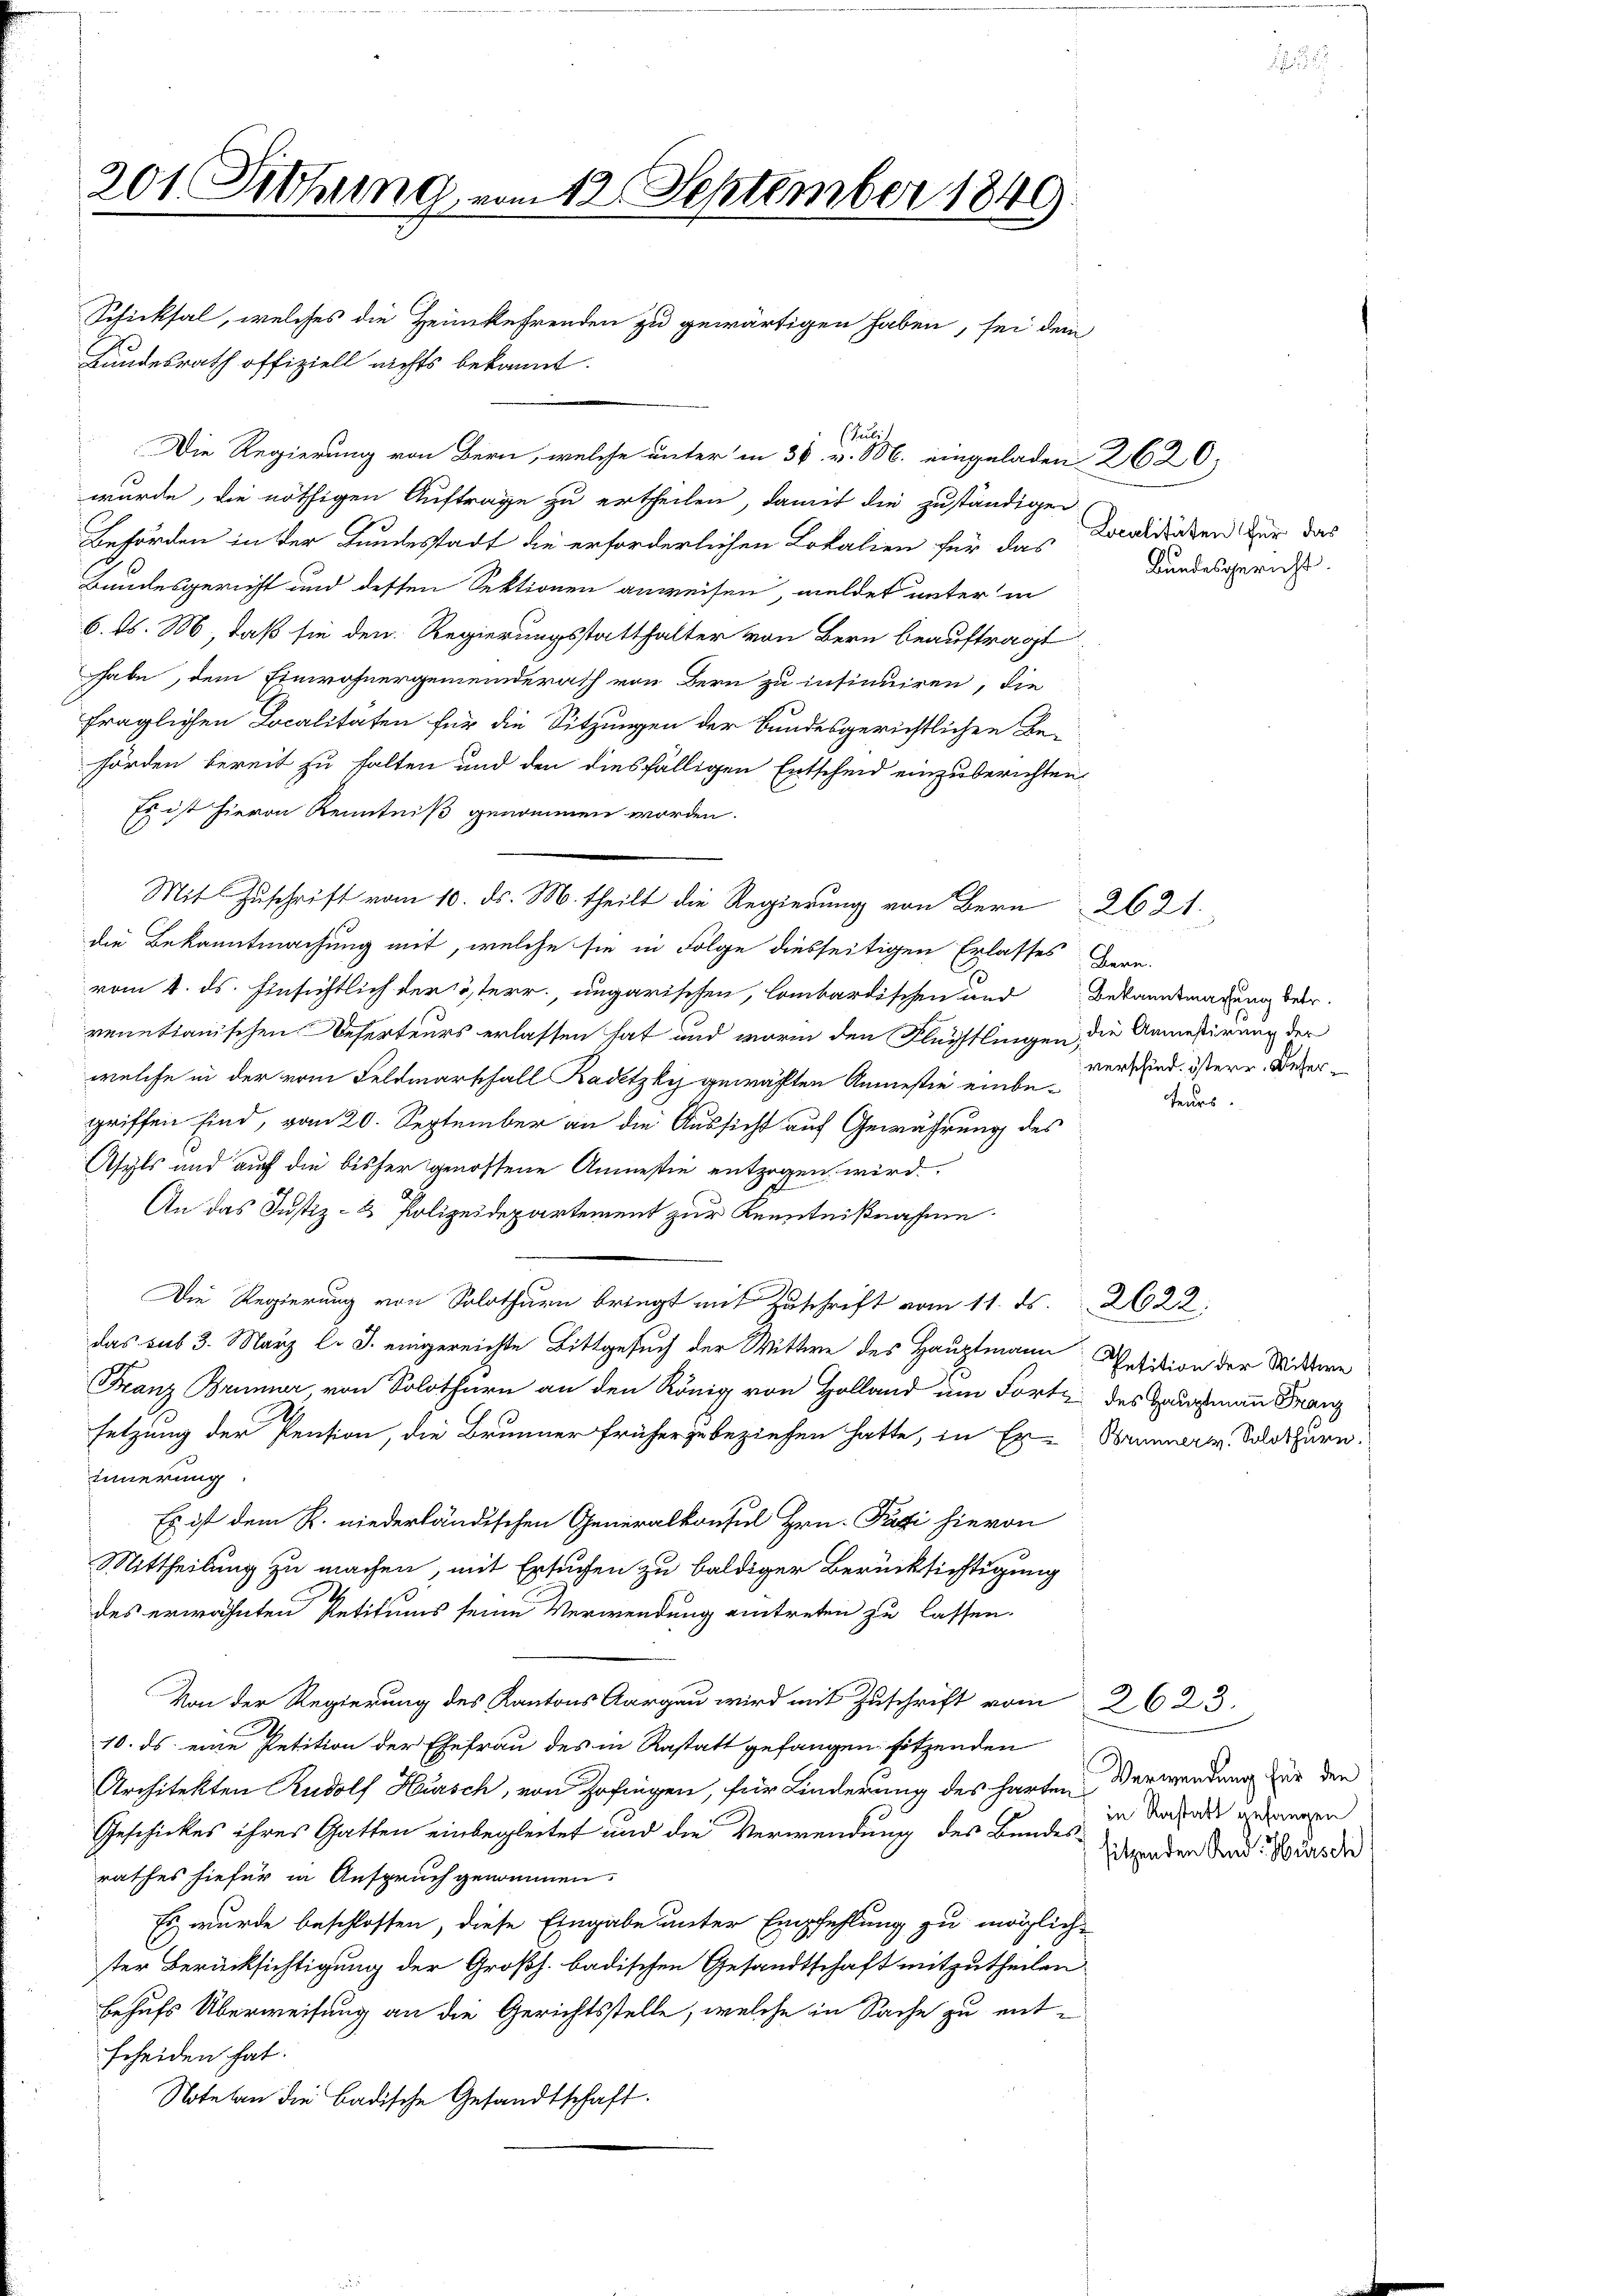
201. Sitzung vom 12. September 1849

Schicksal, welches die Heimkehrenden zu gewärtigen haben, sei dem
Bundesrath offiziell nichts bekannt.
Die Regierung von Bern, welche unter in 30. v. M. eingeladen 2620,
wurde, die nöthigen Auftrage zu ertheilen, damit die zuständigen
Behörden in der Bundesstadt die erforderlichen Lokalien für das Kanaldicken für das
Bundesgericht und dessen Sektionen anweisen, weldet unter in
6. d. M, daß sie den Regierungsstatthalter von Bern beauftragt
habe, dem Einwohnergemeinderath von Bern zu insinuiren, die
fraglichen Localitäten für die Sitzungen der Bundesgerichtlichen Behörden bereit zu halten und den diesfälligen Entscheid einzuberichten,
Es ist hievon Kenntniß genommen worden.
die Bekanntmachung mit, welche sie in Folge diesseitigen Erlasses Bern.
vom 4. ds. Hinsichtlich der österr., ungarischen, lombardischen und Bekanntmachung betr.
venetianischen Deserteurs erlassen hat und worin den Flüchtlingen die Anmeßirung der
welche in der vom Feldmarschall Radetzky gewählten Anmestie einbegriffen sind, vom 20. September an die Aussicht auf Gewährung des
Asyls und auch die bisher genossene Anmestie entzogen wird.
An das Justiz- & Polizeidepartement zur Kenntnißnahme.
Die Regierung von Solothurn bringt mit Zuschrift vom 11. ds. 2622
das sub 3. März l. J. eingereichte Bittgesuch der Wittwe des Hauptmann Petition der Mitten
Franz Brunner von Solothurn an den König von Holland um Forte des Hauptmann Franz
setzung der Pension, die Brunner früher zu beziehen hatte, in Er-Baumarm. Solothurn.
innerung
Es ist dem R. niederländischen Generalkonsul Hrn. Pati hievon
Mittheilung zu machen, mit Ersuchen zu baldiger Berücksichtigung
des erwähnten Petitums seine Verwendung eintreten zu lassen.
Von der Regierung des Kantons Aargau wird mit Zuschrift vom 2623.
10. ds. eine Petition der Ehefrau des in Rastatt gefangen sitzenden
Architekten Rudolf Hursch, von Zofingen, für Linderung des harten Verwendung zur den
Geschickes ihres Gatten einbegleitet und die Verwendung des Bundes in dass gegangen
rathes hiefür in Anspruch genommen.
Es wurde beschlossen, diese Eingabe unter Empfehlung zu möglich-
ster Berücksichtigung der Großh. badischen Gesandtschaft mitzutheilen.
behufs Überweisung an die Gerichtsstelle, welche in Sache zu entscheiden hat.
Note an die Badische Gesandtschaft.

Mit Zuschrift vom 10. ds. M. theilt die Regierung von Bern 2621.

sculi

Bundesgericht.

verschied. östere Deserteurs.

sitzenden And. Hürsch